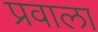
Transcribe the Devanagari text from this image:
प्रवाला